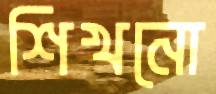
শিখনো